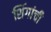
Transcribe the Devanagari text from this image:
शिंगांची